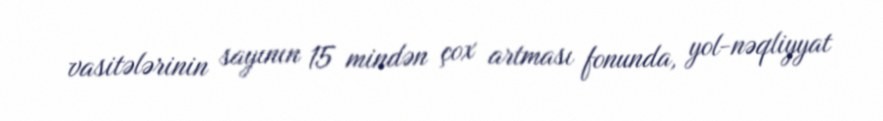
vasitələrinin sayının 15 mindən çox artması fonunda, yol-nəqliyyat